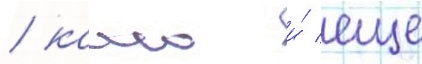
/ камо и́ еще